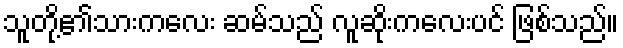
သူတို့၏သားကလေး ဆမ်သည် လူဆိုးကလေးပင် ဖြစ်သည်။